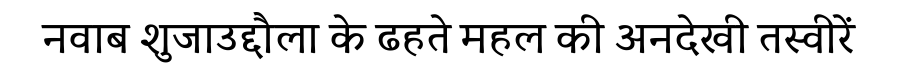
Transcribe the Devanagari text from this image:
नवाब शुजाउद्दौला के ढहते महल की अनदेखी तस्वीरें